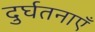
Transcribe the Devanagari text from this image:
दुर्घतनाएँ